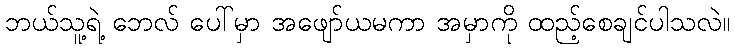
ဘယ်သူ့ရဲ့ ဘေလ် ပေါ်မှာ အဖျော်ယမကာ အမှာကို ထည့်စေချင်ပါသလဲ။